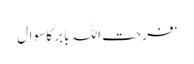
‘ فرحت اللہ بابر کا سوال